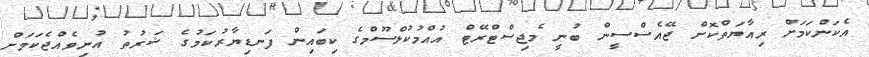
އެކަންކަމަށް ރިއާޔަތްކޮށް ޖޭއެސްސީން ބުނީ މެޖިސްޓްރޭޓް އުއްމުކުލްސޫމްގެ ކިބައިން ފަނޑިޔާރުކަމުގެ ޝަރުތު އުނިވެއްޖެކަމަށް